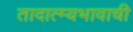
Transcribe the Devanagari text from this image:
तादात्म्यभावाची